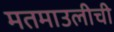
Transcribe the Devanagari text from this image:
मतमाउलीची